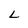
Character: L